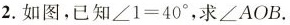
2.如图，已知$$∠ 1 = 4 0 °$$，求∠AOB。